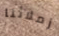
زملائنا